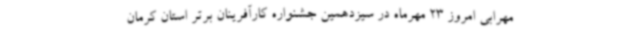
مهرابی امروز 23 مهرماه در سیزدهمین جشنواره کارآفرینان برتر استان کرمان